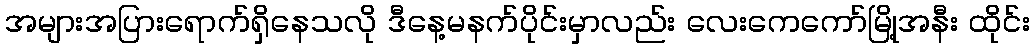
အများအပြားရောက်ရှိနေသလို ဒီနေ့မနက်ပိုင်းမှာလည်း လေးကေကော်မြို့အနီး ထိုင်း